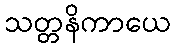
သတ္တနိကာယေ